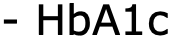
- HbA1c